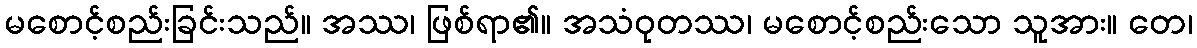
မစောင့်စည်းခြင်းသည်။ အဿ၊ ဖြစ်ရာ၏။ အသံဝုတဿ၊ မစောင့်စည်းသော သူအား။ တေ၊